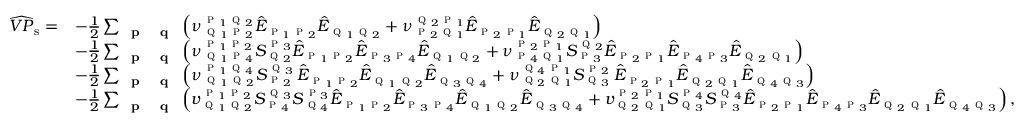
\begin{array} { r l } { \widehat { V P } _ { \mathrm { s } } = } & { - \frac { 1 } { 2 } \sum _ { \textbf { \textsc { p } } \textbf { \textsc { q } } } \left( \nu _ { \textsc { q } _ { 1 } \textsc { p } _ { 2 } } ^ { \textsc { p } _ { 1 } \textsc { q } _ { 2 } } \hat { E } _ { \textsc { p } _ { 1 } \textsc { p } _ { 2 } } \hat { E } _ { \textsc { q } _ { 1 } \textsc { q } _ { 2 } } + \nu _ { \textsc { p } _ { 2 } \textsc { q } _ { 1 } } ^ { \textsc { q } _ { 2 } \textsc { p } _ { 1 } } \hat { E } _ { \textsc { p } _ { 2 } \textsc { p } _ { 1 } } \hat { E } _ { \textsc { q } _ { 2 } \textsc { q } _ { 1 } } \right) } \\ & { - \frac { 1 } { 2 } \sum _ { \textbf { \textsc { p } } \textbf { \textsc { q } } } \left( \nu _ { \textsc { q } _ { 1 } \textsc { p } _ { 4 } } ^ { \textsc { p } _ { 1 } \textsc { p } _ { 2 } } S _ { \textsc { q } _ { 2 } } ^ { \textsc { p } _ { 3 } } \hat { E } _ { \textsc { p } _ { 1 } \textsc { p } _ { 2 } } \hat { E } _ { \textsc { p } _ { 3 } \textsc { p } _ { 4 } } \hat { E } _ { \textsc { q } _ { 1 } \textsc { q } _ { 2 } } + \nu _ { \textsc { p } _ { 4 } \textsc { q } _ { 1 } } ^ { \textsc { p } _ { 2 } \textsc { p } _ { 1 } } S _ { \textsc { p } _ { 3 } } ^ { \textsc { q } _ { 2 } } \hat { E } _ { \textsc { p } _ { 2 } \textsc { p } _ { 1 } } \hat { E } _ { \textsc { p } _ { 4 } \textsc { p } _ { 3 } } \hat { E } _ { \textsc { q } _ { 2 } \textsc { q } _ { 1 } } \right) } \\ & { - \frac { 1 } { 2 } \sum _ { \textbf { \textsc { p } } \textbf { \textsc { q } } } \left( \nu _ { \textsc { q } _ { 1 } \textsc { q } _ { 2 } } ^ { \textsc { p } _ { 1 } \textsc { q } _ { 4 } } S _ { \textsc { p } _ { 2 } } ^ { \textsc { q } _ { 3 } } \, \hat { E } _ { \textsc { p } _ { 1 } \textsc { p } _ { 2 } } \hat { E } _ { \textsc { q } _ { 1 } \textsc { q } _ { 2 } } \hat { E } _ { \textsc { q } _ { 3 } \textsc { q } _ { 4 } } + \nu _ { \textsc { q } _ { 2 } \textsc { q } _ { 1 } } ^ { \textsc { q } _ { 4 } \textsc { p } _ { 1 } } S _ { \textsc { q } _ { 3 } } ^ { \textsc { p } _ { 2 } } \, \hat { E } _ { \textsc { p } _ { 2 } \textsc { p } _ { 1 } } \hat { E } _ { \textsc { q } _ { 2 } \textsc { q } _ { 1 } } \hat { E } _ { \textsc { q } _ { 4 } \textsc { q } _ { 3 } } \right) } \\ & { - \frac { 1 } { 2 } \sum _ { \textbf { \textsc { p } } \textbf { \textsc { q } } } \left( v _ { \textsc { q } _ { 1 } \textsc { q } _ { 2 } } ^ { \textsc { p } _ { 1 } \textsc { p } _ { 2 } } S _ { \textsc { p } _ { 4 } } ^ { \textsc { q } _ { 3 } } S _ { \textsc { q } _ { 4 } } ^ { \textsc { p } _ { 3 } } \hat { E } _ { \textsc { p } _ { 1 } \textsc { p } _ { 2 } } \hat { E } _ { \textsc { p } _ { 3 } \textsc { p } _ { 4 } } \hat { E } _ { \textsc { q } _ { 1 } \textsc { q } _ { 2 } } \hat { E } _ { \textsc { q } _ { 3 } \textsc { q } _ { 4 } } + v _ { \textsc { q } _ { 2 } \textsc { q } _ { 1 } } ^ { \textsc { p } _ { 2 } \textsc { p } _ { 1 } } S _ { \textsc { q } _ { 3 } } ^ { \textsc { p } _ { 4 } } S _ { \textsc { p } _ { 3 } } ^ { \textsc { q } _ { 4 } } \hat { E } _ { \textsc { p } _ { 2 } \textsc { p } _ { 1 } } \hat { E } _ { \textsc { p } _ { 4 } \textsc { p } _ { 3 } } \hat { E } _ { \textsc { q } _ { 2 } \textsc { q } _ { 1 } } \hat { E } _ { \textsc { q } _ { 4 } \textsc { q } _ { 3 } } \right) , } \end{array}